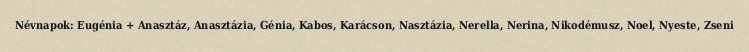
Névnapok: Eugénia + Anasztáz, Anasztázia, Génia, Kabos, Karácson, Nasztázia, Nerella, Nerina, Nikodémusz, Noel, Nyeste, Zseni